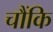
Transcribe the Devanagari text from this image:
चौंकि